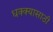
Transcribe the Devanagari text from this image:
धक्क्यासाठी